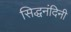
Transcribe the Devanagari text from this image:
सिद्धनंदिनी